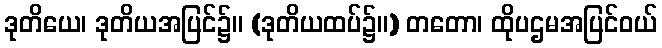
ဒုတိယေ၊ ဒုတိယအပြင်၌။ (ဒုတိယထပ်၌။) တတော၊ ထိုပဌမအပြင်ဝယ်